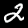
Label: 2